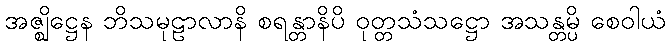
အဇ္ဈိဋ္ဌေန ဘိသမုဠာလာနိ စရန္တာနိပိ ဝုတ္တသံသဋ္ဌော အသန္တမ္ပိ စေဝါယံ